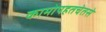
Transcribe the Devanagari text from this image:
कामोपहतचेतसे